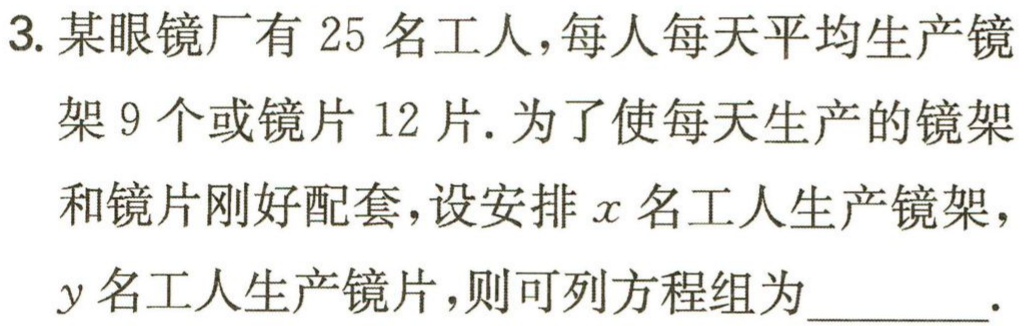
$\begin{cases}x + y = 25\\2\times9x = 12y\end{cases}$